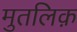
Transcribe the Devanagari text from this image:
मुतलिक़